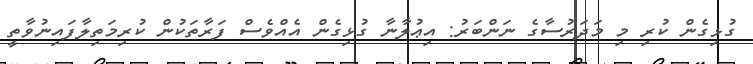
ގުޅިގެން ކުރި މި މަދަރުސާގެ ނަންބަރު: އިޢުލާނާ ގުޅިގެން އެއްވެސް ފަރާތަކުން ކުރިމަތިލާފައިނުވާތީ